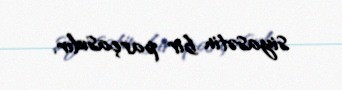
siyasətin bir parçasıdır.